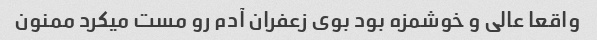
واقعا عالی و خوشمزه بود بوی زعفران آدم رو مست میکرد ممنون